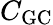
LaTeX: C_{\mathrm{GC}}